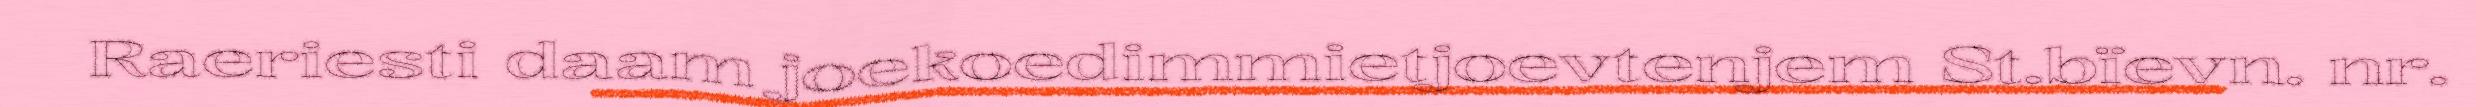
Raeriesti daam joekoedimmietjoevtenjem St.bïevn. nr.